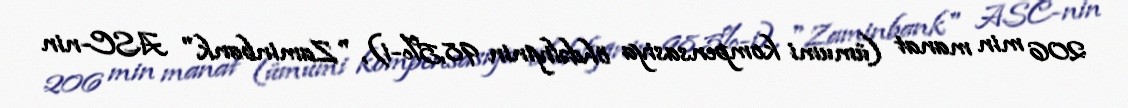
206 min manat (ümumi kompensasiya öhdəliyinin 98,5%-i), "Zaminbank" ASC-nin